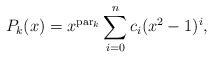
LaTeX: \begin{align*}P_{k}(x) &= x^{\mathrm{par}_k}\sum_{i=0}^n c_i (x^2-1)^i,\end{align*}